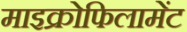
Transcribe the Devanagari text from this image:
माइक्रोफिलामेंट